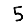
Digit: 5